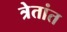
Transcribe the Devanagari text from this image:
त्रेतांत